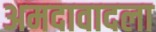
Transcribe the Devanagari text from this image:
अमदावादला